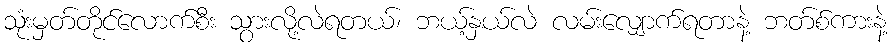
သုံးမှတ်တိုင်လောက်စီး သွားလို့လဲရတယ်၊ ဘယ့်နှယ်လဲ လမ်းလျှောက်ရတာနဲ့ ဘတ်စ်ကားနဲ့